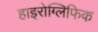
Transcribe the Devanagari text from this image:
हाइरोग्लिफिक